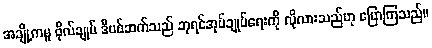
အချို့ကမူ ဗိုလ်ချုပ် ဒီဗစ်ဆက်သည် ဘုရင်အုပ်ချုပ်ရေးကို လိုလားသည်ဟု ပြောကြသည်။